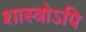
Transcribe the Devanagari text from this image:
शास्त्रोऽपि